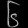
Digit: ၆